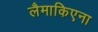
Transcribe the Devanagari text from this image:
लैमाकिएना